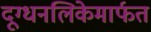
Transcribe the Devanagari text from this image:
दूग्धनलिकेमार्फत